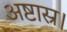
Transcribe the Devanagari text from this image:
अष्टास्र।